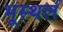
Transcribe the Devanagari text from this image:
भूस्थल